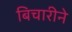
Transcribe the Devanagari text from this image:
बिचारीने